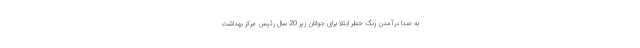
به صدا درآمدن زنگ خطر ابتلا برای جوانان زیر 20 سال رئیس مرکز بهداشت